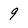
Character: 9